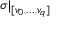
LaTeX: \sigma | _ { [ v _ { 0 } , \ldots , v _ { q } ] }